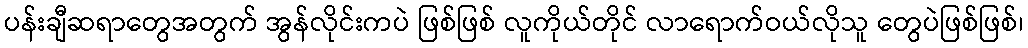
ပန်းချီဆရာတွေအတွက် အွန်လိုင်းကပဲ ဖြစ်ဖြစ် လူကိုယ်တိုင် လာရောက်ဝယ်လိုသူ တွေပဲဖြစ်ဖြစ်၊